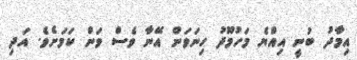
އިމާދު ބުނީ އިއްޔެ މަހުމޫދު ހިނަވަން އޭނާ ވެސް ވަން ކަމަށެވެ. އަދި